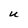
Character: U